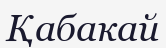
Қабакай